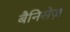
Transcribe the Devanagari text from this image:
बैनिसेज़